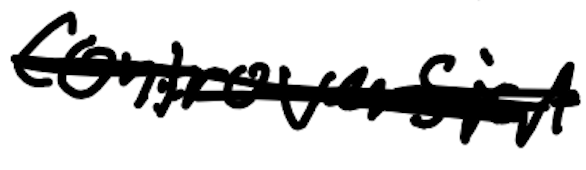
Text: controversial
Cross-out: scratch
Writing tool: digital_black